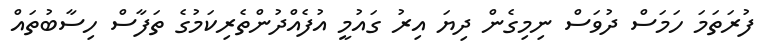
ފުރަތަމަ ހަމަސް ދުވަސް ނިމިގެން ދިޔަ އިރު ގައުމީ އުފެއްދުންތެރިކަމުގެ ތަފާސް ހިސާބުތައް